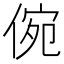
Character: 倇